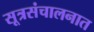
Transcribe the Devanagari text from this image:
सूत्रसंचालनात